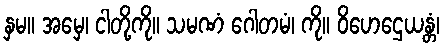
နှမ။ အမှေ၊ ငါတို့ကို။ သမဏံ ဂေါတမံ၊ ကို။ ဝိဟေဌေယန္တံ၊